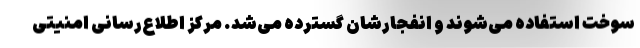
سوخت استفاده می‌شوند و انفجارشان گسترده می‌شد. مرکز اطلاع‌رسانی امنیتی